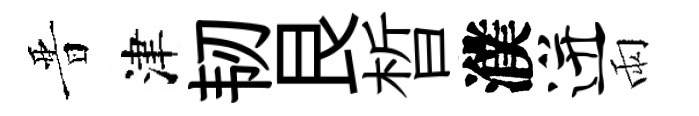
晋津韧艮晳濮迸雨